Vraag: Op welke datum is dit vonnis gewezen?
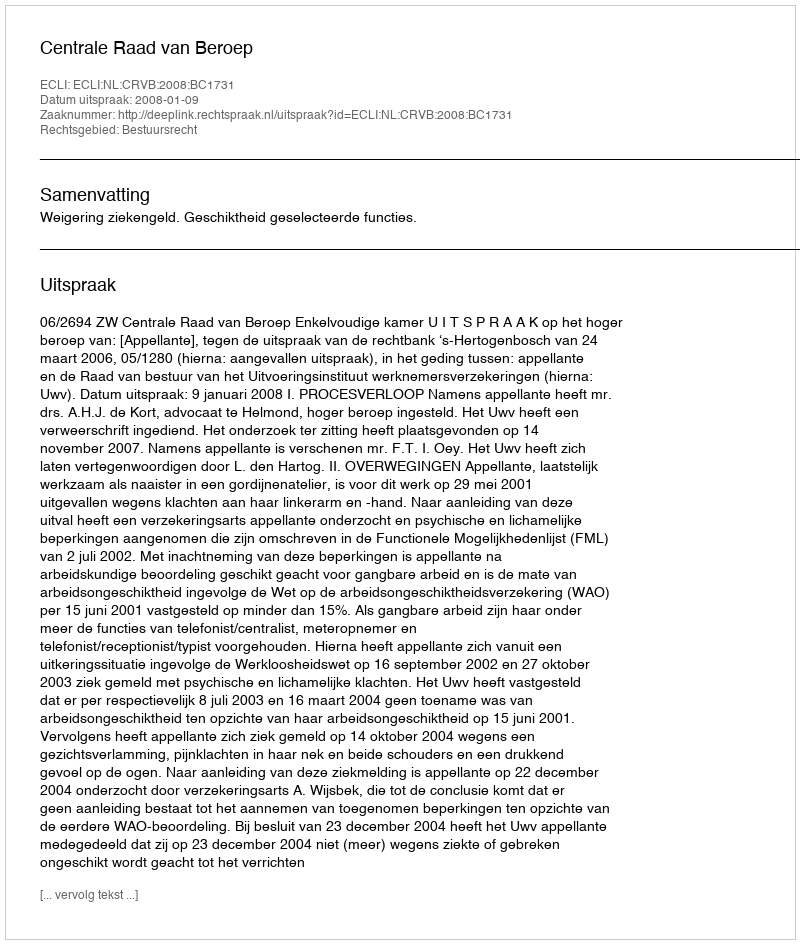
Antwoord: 2008-01-09